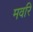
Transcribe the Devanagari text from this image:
मवरि